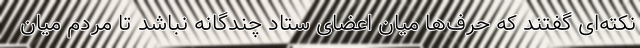
نکته‌ای گفتند که حرف‌ها میان اعضای ستاد چندگانه نباشد تا مردم میان